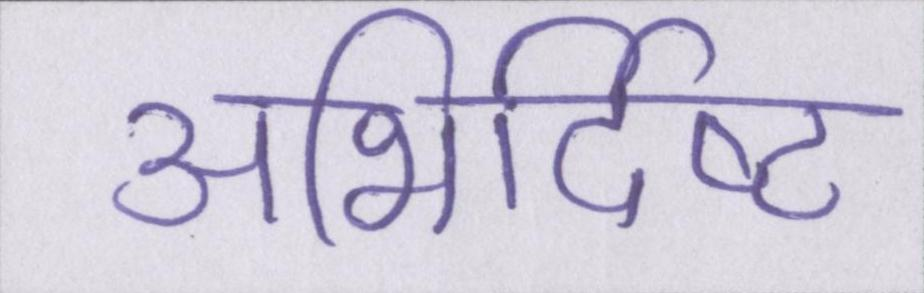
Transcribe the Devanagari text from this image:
अभिर्दिष्ट